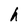
Character: h